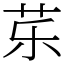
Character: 𱽚